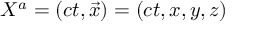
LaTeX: X ^ { a } = \left( c t , { \vec { x } } \right) = ( c t , x , y , z )